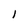
Character: l